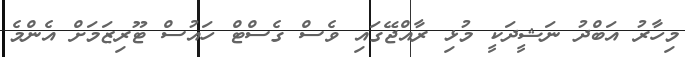
މިހާރު އަބްދު ނަޝީދަކީ މުޅި ރާއްޖޭގައި ވެސް ގެސްޓް ހައުސް ޓޫރިޒަަމަށް އެންމެ